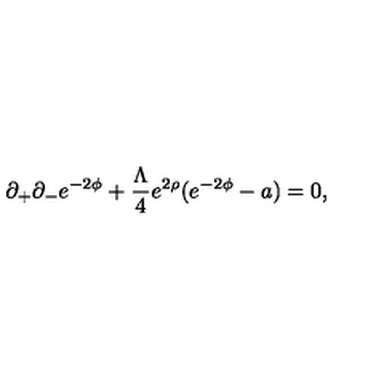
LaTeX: \partial _ { + } \partial _ { - } e ^ { - 2 \phi } + \frac { \Lambda } { 4 } e ^ { 2 \rho } ( e ^ { - 2 \phi } - a ) = 0 ,